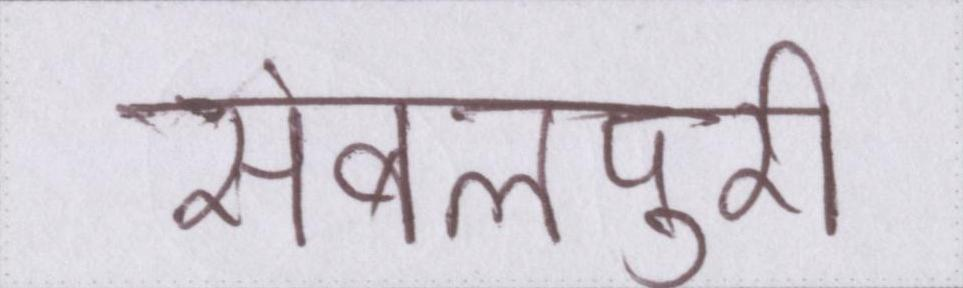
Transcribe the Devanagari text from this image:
संबलपुरी